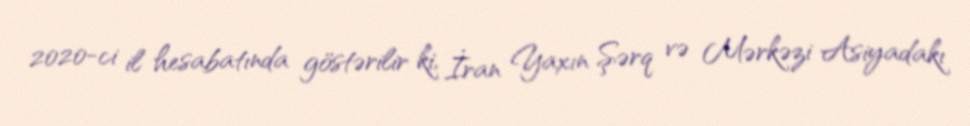
2020-ci il hesabatında göstərilir ki, İran Yaxın Şərq və Mərkəzi Asiyadakı